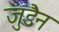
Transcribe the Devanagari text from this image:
जुडैन